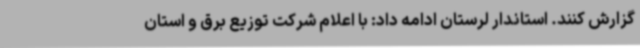
گزارش کنند. استاندار لرستان ادامه داد: با اعلام شرکت توزیع برق و استان